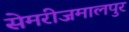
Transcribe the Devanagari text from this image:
सेमरीजमालपुर